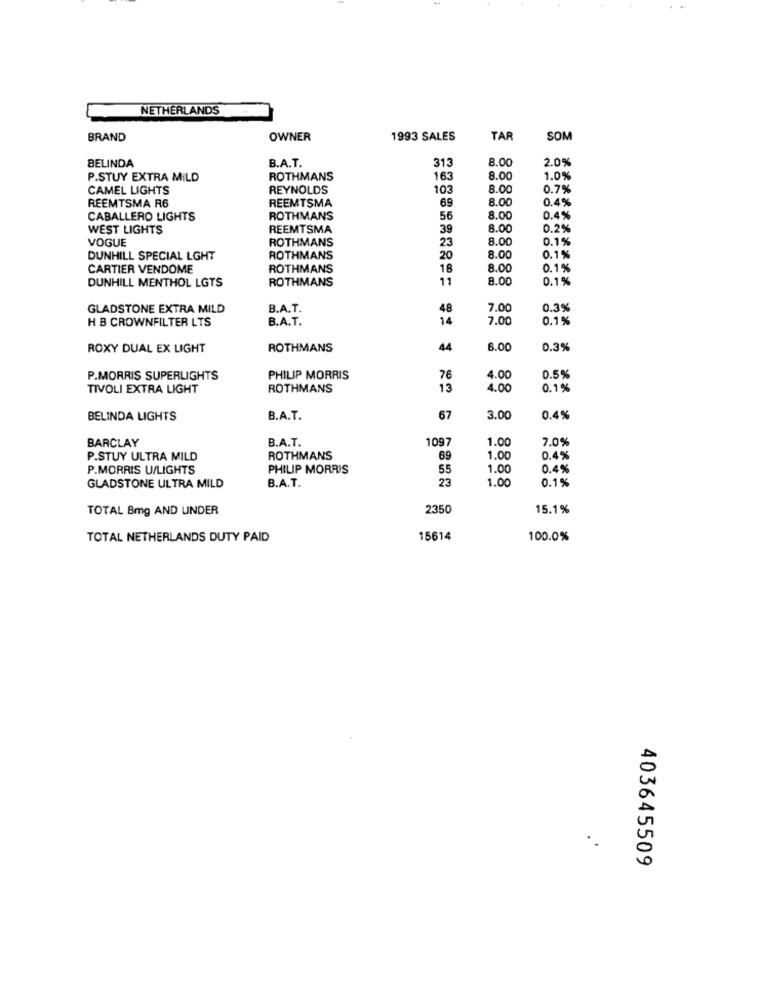
NETHERLANDS
BRAND
OWNER
1993 SALES
TAR
SOM
8.00
2.0%
BELINDA
B.A.T.
313
P.STUY EXTRA MILD
ROTHMANS
163
8.00
1.0%
CAMEL LIGHTS
REYNOLDS
103
8.00
0.7%
REEMTSMA R6
8.00
0.4%
REEMTSMA
69
CABALLERO LIGHTS
ROTHMANS
56
8.00
0.4%
WEST LIGHTS
REEMTSMA
39
8.00
0.2%
VOGUE
ROTHMANS
23
8.00
0.1%
DUNHILL SPECIAL LGHT
ROTHMANS
20
8.00
0.1%
CARTIER VENDOME
ROTHMANS
18
8.00
0.1%
DUNHILL MENTHOL LGTS
ROTHMANS
11
8.00
0.1%
GLADSTONE EXTRA MILD
B.A.T.
48
7.00
0.3%
H B CROWNFILTER LTS
B.A.T.
14
7.00
0.1%
ROXY DUAL EX LIGHT
ROTHMANS
44
6.00
0.3%
P.MORRIS SUPERLIGHTS
PHILIP MORRIS
76
4.00
0.5%
TIVOLI EXTRA LIGHT
ROTHMANS
13
4.00
0.1%
BELINDA LIGHTS
B.A.T.
67
3.00
0.4%
BARCLAY
B.A.T.
1097
1.00
7.09
P.STUY ULTRA MILD
ROTHMANS
69
1.00
0.4%
P.MORRIS U/LIGHTS
PHILIP MORRIS
55
1.00
0.4%
B.A.T.
23
0.1%
GLADSTONE ULTRA MILD
1.00
TOTAL 8mg AND UNDER
2350
15.1%
TOTAL NETHERLANDS DUTY PAID
15614
100.0%
.
403645509